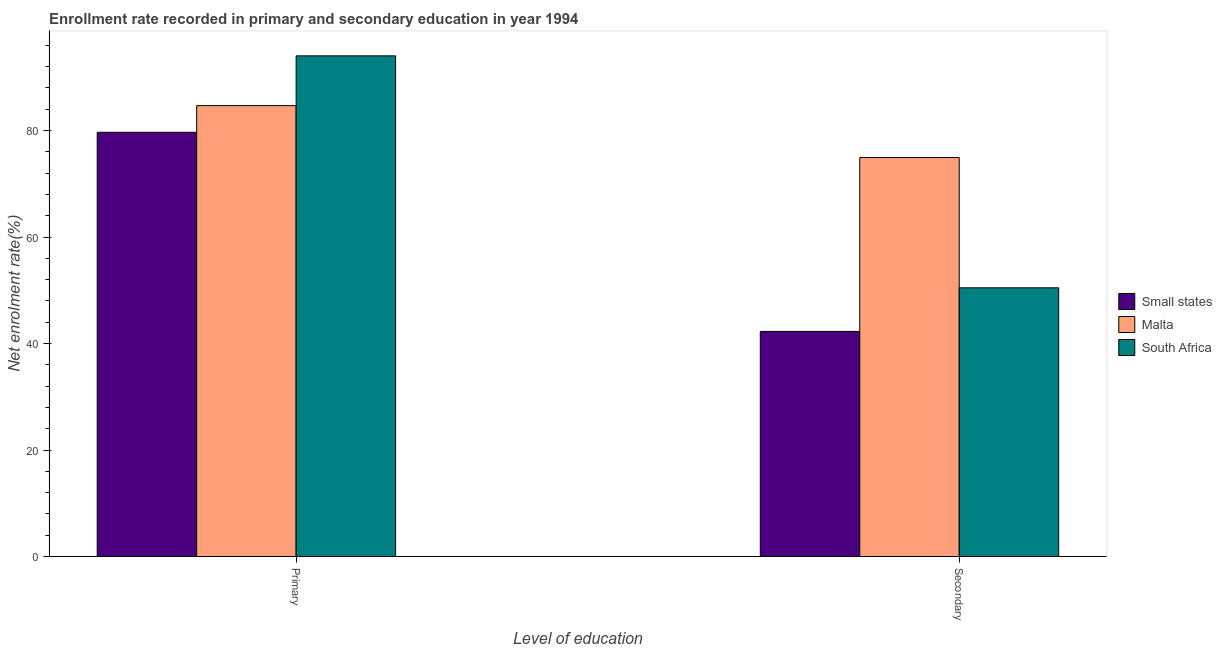
| Level of education | Small states | Malta | South Africa |
 | --- | --- | --- | --- |
 | Primary | 79.7 | 84.7 | 94 |
 | Secondary | 42.3 | 74.9 | 50.5 |